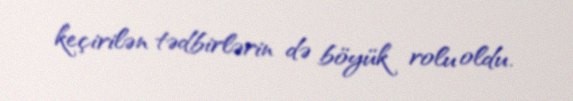
keçirilən tədbirlərin də böyük rolu oldu.